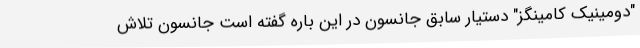
"دومینیک کامینگز" دستیار سابق جانسون در این باره گفته است جانسون تلاش